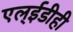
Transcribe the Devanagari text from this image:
एल्‌ईडीही